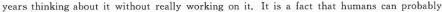
years thinking about it without really working on it.It is a fact that humans can probably